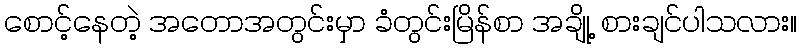
စောင့်နေတဲ့ အတောအတွင်းမှာ ခံတွင်းမြိန်စာ အချို့ စားချင်ပါသလား။